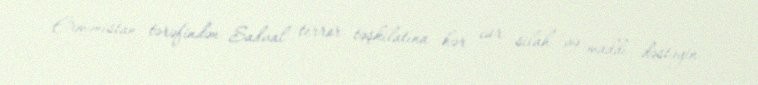
Ermənistan tərəfindən Sadval terror təşkilatına hər cür silah və maddi dəstəyin